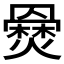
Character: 𤑇